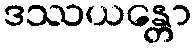
ဒဿယန္တော